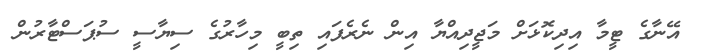
އޭނާގެ ޓީމާ އިދިކޮޅަށް މަޖީދިއްޔާ އިން ނެރެފައި ތިބީ މިހާރުގެ ސިޔާސީ ސުޕަސްޓާރުން